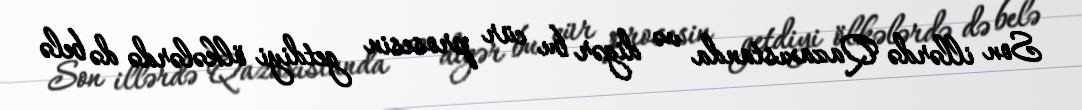
Son illərdə Qazaxıstanda və digər bu cür prosesin getdiyi ölkələrdə də belə